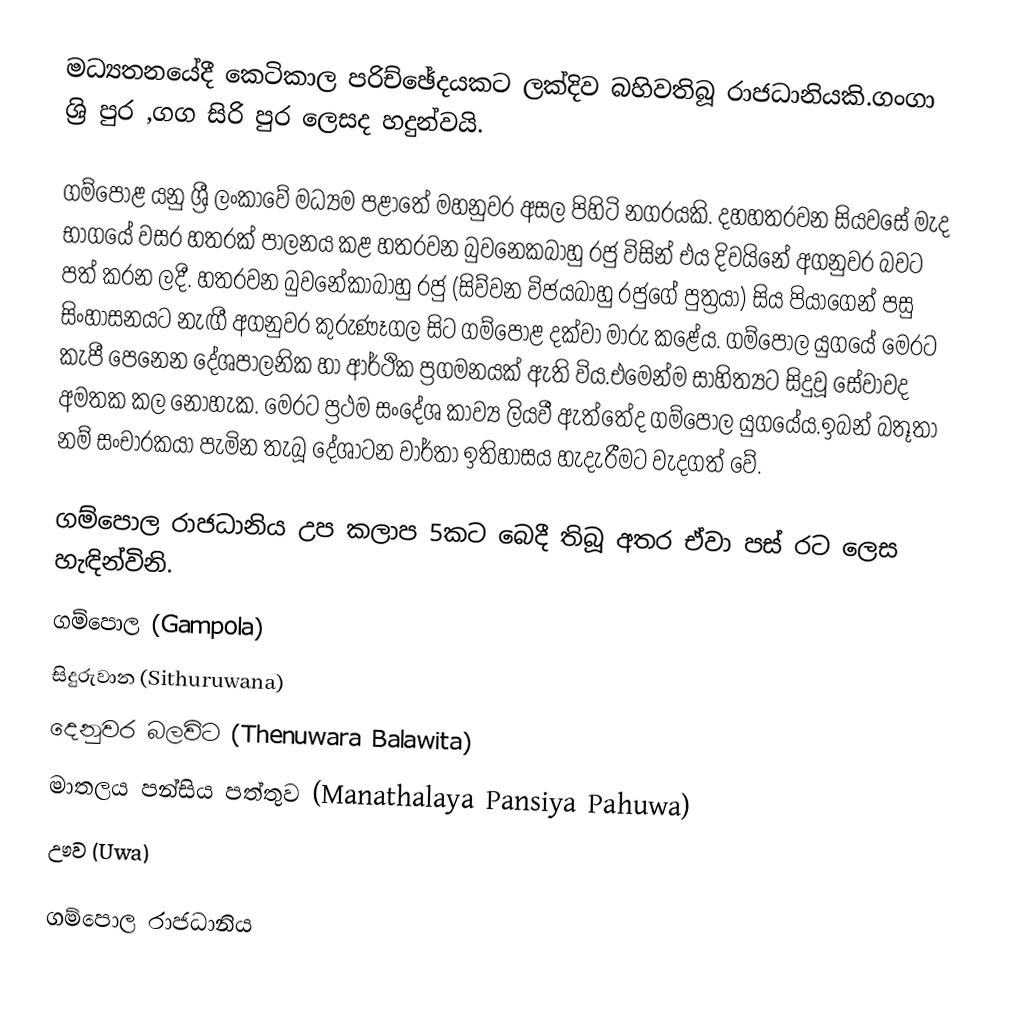
මධ්‍යතනයේදී කෙටිකාල පරිච්ඡේදයකට ලක්දිව බහිවතිබූ රාජධානියකි.ගංගා ශ්‍රි පුර ,ගග සිරි පුර ලෙසද හදුන්වයි.

ගම්පොළ යනු ශ්‍රී ලංකාවේ මධ්‍යම පළාතේ මහනුවර අසල පිහිටි නගරයකි. දහහතරවන සියවසේ මැද භාගයේ වසර හතරක් පාලනය කළ හතරවන බුවනෙකබාහු රජු විසින් එය දිවයිනේ අගනුවර බවට පත් කරන ලදී. හතරවන බුවනේකාබාහු රජු (සිව්වන විජයබාහු රජුගේ පුත්‍රයා) සිය පියාගෙන් පසු සිංහාසනයට නැඟී අගනුවර කුරුණෑගල සිට ගම්පොළ  දක්වා මාරු කළේය. ගම්පොල යුගයේ මෙරට කැපී පෙනෙන දේශපාලනික හා ආර්ථික ප්‍රගමනයක් ඇති විය.එමෙන්ම සාහිත්‍යට සිදුවූ සේවාවද අමතක කල නොහැක. මෙරට ප්‍රථම සංදේශ කාව්‍ය ලියවී ඇත්තේද ගම්පොල යුගයේය.ඉබන් බතූතා නම්  සංචාරකයා පැමින තැබූ දේශාටන වාර්තා ඉතිහාසය හැදැරීමට වැදගත් වේ.

ගම්පොල රාජධානිය උප කලාප 5කට බෙදී තිබූ අතර ඒවා පස් රට ලෙස හැඳින්විනි.
 ගම්පොල (Gampola)
 සිදුරුවාන (Sithuruwana)
 දෙනුවර බලවිට (Thenuwara Balawita)
 මාතලය පන්සිය පත්තුව (Manathalaya Pansiya Pahuwa)
 ඌව (Uwa)

ගම්පොල රාජධානිය